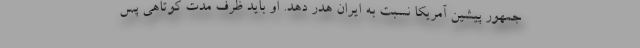
جمهور پیشین آمریکا نسبت به ایران هدر دهد. او باید ظرف مدت کوتاهی پس